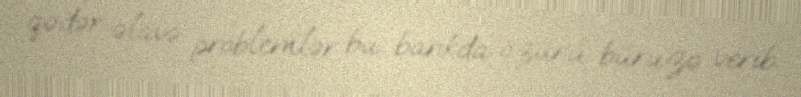
qədər əlavə problemlər bu bankda özünü büruzə verib.